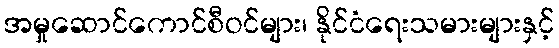
အမှုဆောင်ကောင်စီဝင်များ၊ နိုင်ငံရေးသမားများနှင့်